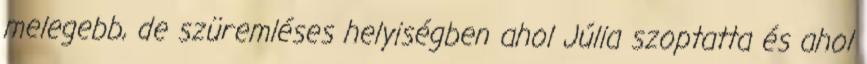
melegebb, de szüremléses helyiségben ahol Júlia szoptatta és ahol